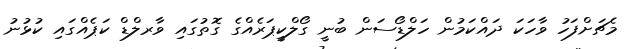
މެޗަށްފަހު ވާހަކަ ދައްކަމުން ހަލްޑޯސަން ބުނީ ގޯލްކީޕަރެއްގެ ގޮތުގައި ވާރލްޑް ކަޕެއްގައި ކުޅުނު